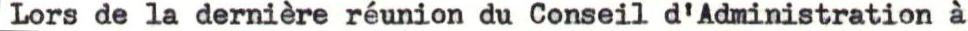
Lors de la dernière réunion du Conseil d'Administration à